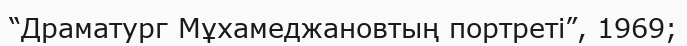
“Драматург Мұхамеджановтың портреті”, 1969;